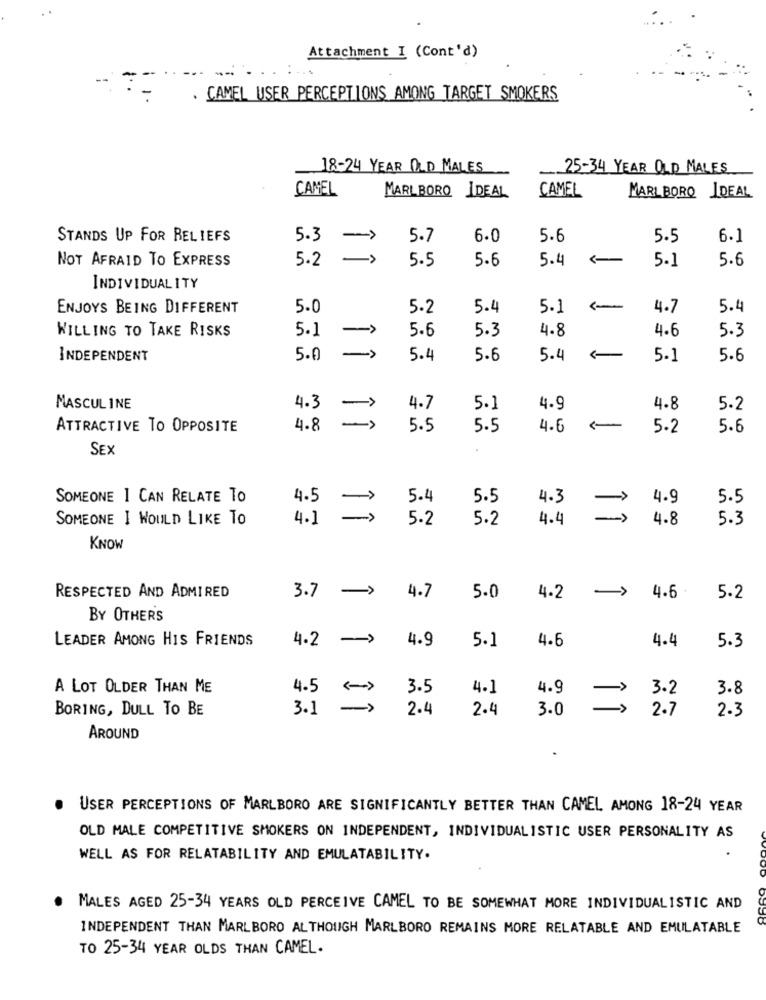
. .
Attachment I (Cont'd)
. CAMEL USER PERCEPTIONS AMONG TARGET SMOKERS
18-24 YEAR OLD MALES
25-34 YEAR OLD MALES
CAMEL
CAMEL
MARLBORO IDEAL
MARLBORO IDEAL
STANDS UP FOR BELIEFS
5.3 -
5.7
6.0
5.6
5.5
6.1
NOT AFRAID TO EXPRESS
5.2
5.5
5.6
5.4
5.1
5.6
INDIVIDUALITY
ENJOYS BEING DIFFERENT
5.0
5.2
5.4
5.1
4.7
5.4
WILLING TO TAKE RISKS
5.1
5.6
5.3
4.8
4.6
5.3
=>
INDEPENDENT
5.0
5.4
5.6
5.4
5.1
5.6
MASCULINE
4.3
->
4.7
5.1
4.9
4.8
5.2
-
ATTRACTIVE TO OPPOSITE
4.8
5.5
5.5
4.6
-
5.2
5.6
SEX
SOMEONE I CAN RELATE TO
4.5
5.4
5.5
5.5
4.3
4.9
SOMEONE I WOULD LIKE TO
4.1
5.2
5.2
4.4
4.8
5.3
KNOW
RESPECTED AND ADMIRED
4.7
->
3.7 ->
5.0
4.2
4.6
5.2
BY OTHERS
LEADER AMONG HIS FRIENDS
4.2 ->
4.9
5.1
4.6
4.4
5.3
A LOT OLDER THAN ME
4.5
3.5
4.1
4.9
3.2
3.8
BORING, DULL TO BE
3.1
2.4
2.4
3.0
2.7
2.3
AROUND
USER PERCEPTIONS OF MARLBORO ARE SIGNIFICANTLY BETTER THAN CAMEL AMONG 18-24 YEAR
OLD MALE COMPETITIVE SMOKERS ON INDEPENDENT, INDIVIDUALISTIC USER PERSONALITY AS
WELL AS FOR RELATABILITY AND EMULATABILITY.
MALES AGED 25-34 YEARS OLD PERCEIVE CAMEL TO BE SOMEWHAT MORE INDIVIDUALISTIC AND
INDEPENDENT THAN MARLBORO ALTHOUGH MARLBORO REMAINS MORE RELATABLE AND EMULATABLE
TO 25-34 YEAR OLDS THAN CAMEL.